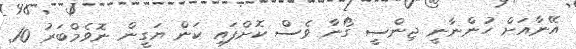
އޭނާއަށް ހުންނާނީ ޖިންސީ ގޯނާ ވެސް ކޮށްފައި ކަން ޔަގީން ނޮވެމްބަރު 10